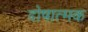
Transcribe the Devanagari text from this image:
दोषात्मक